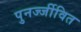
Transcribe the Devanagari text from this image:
पुनर्ज्जीवित